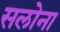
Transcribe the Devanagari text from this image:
सलोना